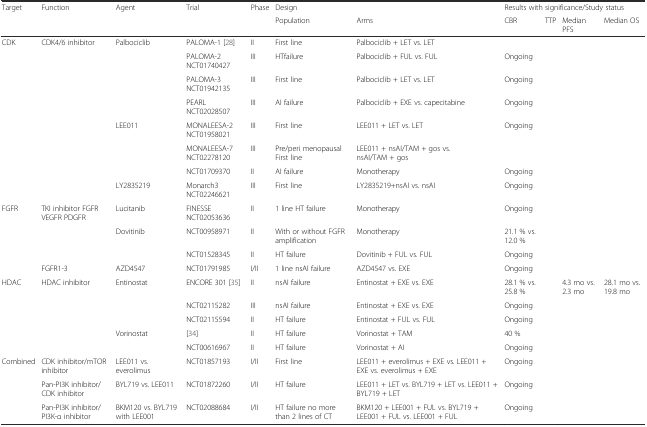
<table><thead><tr><td rowspan="2"><b>Target</b></td><td rowspan="2"><b>Function</b></td><td rowspan="2"><b>Agent</b></td><td rowspan="2"><b>Trial</b></td><td rowspan="2"><b>Phase</b></td><td colspan="2"><b>Design</b></td><td colspan="4"><b>Results with significance/Study status</b></td></tr><tr><td><b>Population</b></td><td><b>Arms</b></td><td><b>CBR</b></td><td><b>TTP</b></td><td><b>Median PFS</b></td><td><b>Median OS</b></td></tr></thead><tbody><tr><td rowspan="8">CDK</td><td rowspan="8">CDK4/6 inhibitor</td><td rowspan="4">Palbociclib</td><td>PALOMA-1 [28]</td><td>II</td><td>First line</td><td>Palbociclib + LET vs. LET</td><td></td><td></td><td></td><td></td></tr><tr><td>PALOMA-2 NCT01740427</td><td>III</td><td>HTfailure</td><td>Palbociclib + FUL vs. FUL</td><td colspan="4">Ongoing</td></tr><tr><td>PALOMA-3 NCT01942135</td><td>III</td><td>First line</td><td>Palbociclib + LET vs. LET</td><td colspan="4">Ongoing</td></tr><tr><td>PEARL NCT02028507</td><td>III</td><td>AI failure</td><td>Palbociclib + EXE vs. capecitabine</td><td colspan="4">Ongoing</td></tr><tr><td rowspan="3">LEE011</td><td>MONALEESA-2 NCT01958021</td><td>III</td><td>First line</td><td>LEE011 + LET vs. LET</td><td colspan="4">Ongoing</td></tr><tr><td>MONALEESA-7 NCT02278120</td><td>III</td><td>Pre/peri menopausal First line</td><td>LEE011 + nsAI/TAM + gos vs. nsAI/TAM + gos</td><td></td><td></td><td></td><td></td></tr><tr><td>NCT01709370</td><td>II</td><td>AI failure</td><td>Monotherapy</td><td colspan="4">Ongoing</td></tr><tr><td>LY2835219</td><td>Monarch3 NCT02246621</td><td>III</td><td>First line</td><td>LY2835219+nsAI vs. nsAI</td><td colspan="4">Ongoing</td></tr><tr><td rowspan="4">FGFR</td><td rowspan="3">TKI inhibitor FGFR VEGFR PDGFR</td><td>Lucitanib</td><td>FINESSE NCT02053636</td><td>II</td><td>1 line HT failure</td><td>Monotherapy</td><td colspan="4">Ongoing</td></tr><tr><td rowspan="2">Dovitinib</td><td>NCT00958971</td><td>II</td><td>With or without FGFR amplification</td><td>Monotherapy</td><td>21.1 % vs. 12.0 %</td><td></td><td></td><td></td></tr><tr><td>NCT01528345</td><td>II</td><td>HT failure</td><td>Dovitinib + FUL vs. FUL</td><td colspan="4">Ongoing</td></tr><tr><td>FGFR1-3</td><td>AZD4547</td><td>NCT01791985</td><td>I/II</td><td>1 line nsAI failure</td><td>AZD4547 vs. EXE</td><td colspan="4">Ongoing</td></tr><tr><td rowspan="5">HDAC</td><td rowspan="5">HDAC inhibitor</td><td rowspan="3">Entinostat</td><td>ENCORE 301 [35]</td><td>II</td><td>nsAI failure</td><td>Entinostat + EXE vs. EXE</td><td>28.1 % vs. 25.8 %</td><td></td><td>4.3 mo vs. 2.3 mo</td><td>28.1 mo vs. 19.8 mo</td></tr><tr><td>NCT02115282</td><td>III</td><td>nsAI failure</td><td>Entinostat + EXE vs. EXE</td><td colspan="4">Ongoing</td></tr><tr><td>NCT02115594</td><td>II</td><td>HT failure</td><td>Entinostat + FUL vs. FUL</td><td colspan="4">Ongoing</td></tr><tr><td rowspan="2">Vorinostat</td><td>[34]</td><td>II</td><td>HT failure</td><td>Vorinostat + TAM</td><td>40 %</td><td></td><td></td><td></td></tr><tr><td>NCT00616967</td><td>II</td><td>HT failure</td><td>Vorinostat + AI</td><td colspan="4">Ongoing</td></tr><tr><td rowspan="3">Combined</td><td>CDK inhibitor/mTOR inhibitor</td><td>LEE011 vs. everolimus</td><td>NCT01857193</td><td>I/II</td><td>First line</td><td>LEE011 + everolimus + EXE vs. LEE011 + EXE vs. everolimus + EXE</td><td colspan="4">Ongoing</td></tr><tr><td>Pan-PI3K inhibitor/CDK inhibitor</td><td>BYL719 vs. LEE011</td><td>NCT01872260</td><td>I/II</td><td>HT failure</td><td>LEE011 + LET vs. BYL719 + LET vs. LEE011 + BYL719 + LET</td><td colspan="4">Ongoing</td></tr><tr><td>Pan-PI3K inhibitor/PI3K-α inhibitor</td><td>BKM120 vs. BYL719 with LEE001</td><td>NCT02088684</td><td>I/II</td><td>HT failure no more than 2 lines of CT</td><td>BKM120 + LEE001 + FUL vs. BYL719 + LEE001 + FUL vs. LEE001 + FUL</td><td colspan="4">Ongoing</td></tr></tbody></table>